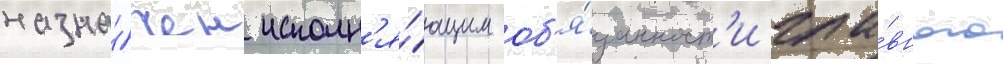
назна́чен исполн'я́ющим об'я́занност'и гла́вного